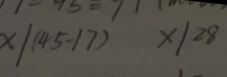
x / ( 4 5 - 1 7 ) x / 2 8